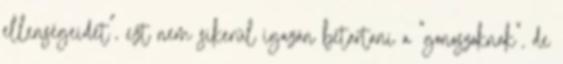
ellenségeidet”, ezt nem sikerül igazán betartani a “gonoszoknak”, de